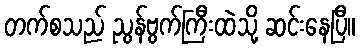
တက်စသည် ညွန်ဗွက်ကြီးထဲသို့ ဆင်းနေပြီ။